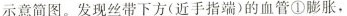
示意简图。发现丝带下方（近手指端）的血管①膨胀，